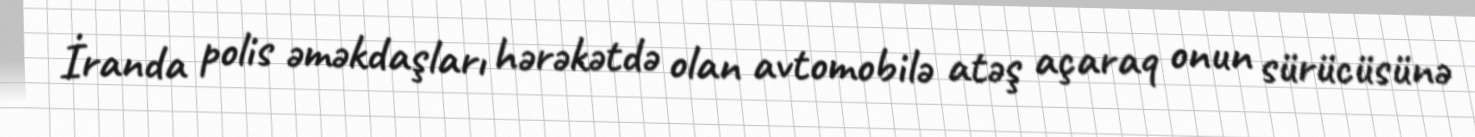
İranda polis əməkdaşları hərəkətdə olan avtomobilə atəş açaraq onun sürücüsünə